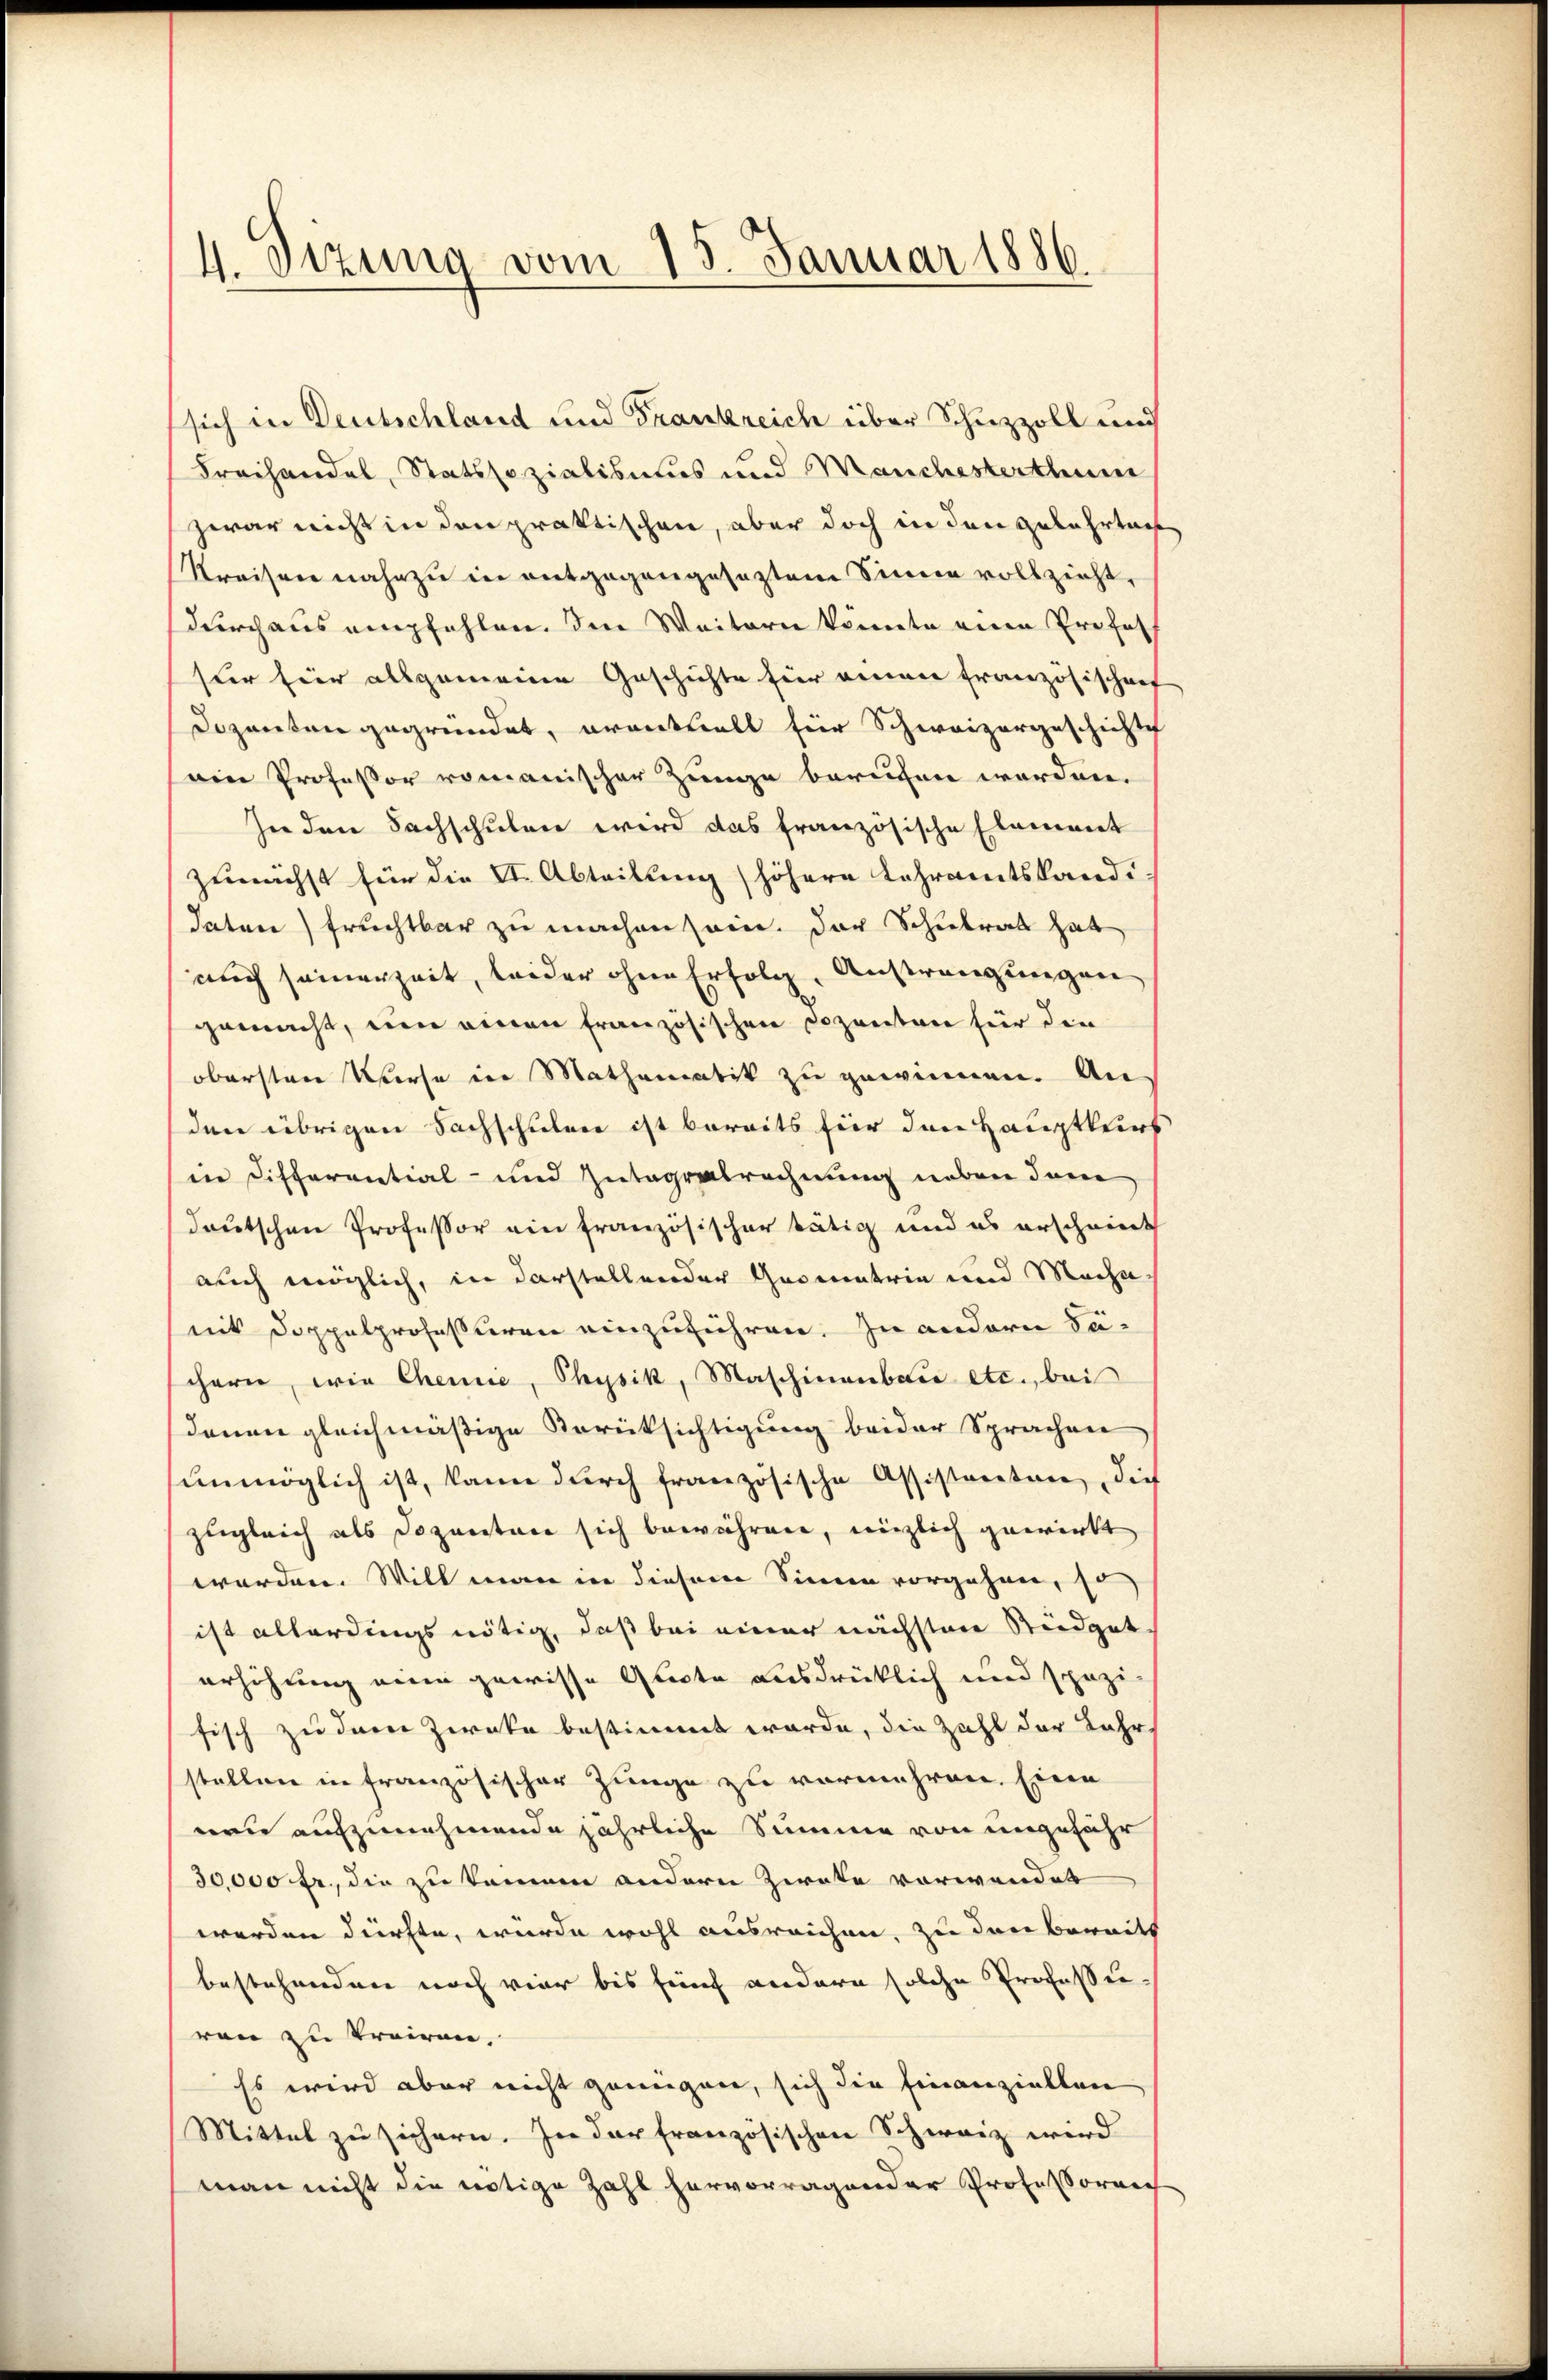
4. Sizung vom 15. Januar 1886.

sich in Deutschland und Frankreich über Schuzzoll und
Freihandel, Statssozialismus und Manchesterthum
zwar nicht in den praktischen, aber doch in den Gelahrtag
Kreiser nahezu in entgegengeseztem Sinne vollzieht,
durchaus empfehlen. Den Weitern könnte eine Profes
fuer für allgemeine Geschichte für einen Französischen
Dozenten gegründet, erantwolt für Schweizergeschichtig
ain Professor romanischer Zunge berufen worden.
In den Sachschulen wird das französische Element
zunächst für die II. Abteilung höhere Lehramtsland¬
Sature) fruchtbar zu machen sein. Der Schulrat hat
auch seinerzeit, leider ohne Erfolg, Anstrengungen
gemacht, um einen französischen Dozenten für die
obersten Kurse in Mathematik zu gewinnen. An
den übrigen Sachschulen ist bereits für den Hauptkers
eie Differential- und Zutageabrechnung neben dem
deutschen Professor ein französischer tätig und es erscheint
auch möglich, in darstellender Geometrie und Mache
mit Doppelprofessiren einzuführen. In andern Suchern, wie Chemie, Physik, Maschinenbau etc., bei
denen gleichmäßige Berücksichtigung beider Sprachen
unmöglich ist, kann durch französische Assistanten, dies
zugleich als Dozenten sich bewähren, nützlich gewirkt
werden. Will man in diesem Sinne vorgehen, so
ist allerdings nötig, daß bei einer nächsten Steidgat
erhöhung eine gewisse Glacte ausdrücklich und spazi
fisch zu dem Zwecke bestimmt wurde, die Zahl der Jahr
stellen in französischer Zunge zu vermehren. Eine
nen aufzunehmende jährliche Summe von ungeführ
30,000 fr., die zu kommen andern Zweke vorwandet
werden dürfte, wurde wohl ausreichen, zu den bereits
bestehenden noch vier bis fünf andern solche Professor
ren zu trairen.
Es wird aber nicht genügen, sich die Finanziellen
Mittel zu sichern. In der französischen Schweiz wird
man nicht die nötige Zahl hervorragender Professoren